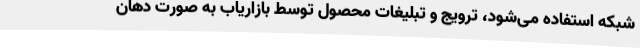
شبکه استفاده می‌شود، ترویج و تبلیغات محصول توسط بازاریاب به صورت دهان